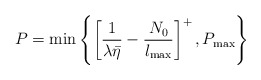
\begin{align*}P = \min \left\{ \left[ \frac{1}{\lambda \bar{\eta}} - \frac{N_0}{l_{\max}}\right]^{+}, P_{\max} \right\}\end{align*}